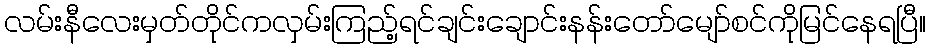
လမ်းနီလေးမှတ်တိုင်ကလှမ်းကြည့်ရင်ချင်းချောင်းနန်းတော်မျော်စင်ကိုမြင်နေရပြီ။